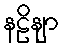
နဠိနျာ